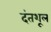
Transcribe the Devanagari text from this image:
दंतशूल